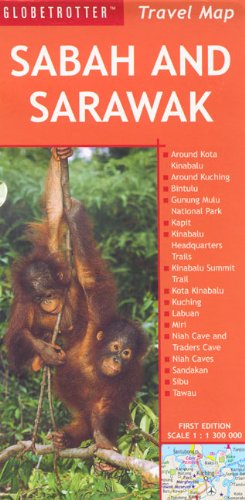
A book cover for Sabah and Sarawak Travel Map (Globetrotter Travel Maps); Globetrotter; Travel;